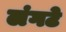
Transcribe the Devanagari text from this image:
लंगटे